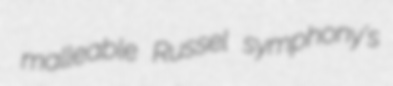
malleable Russel symphony's